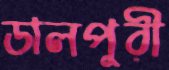
ডালপুরী